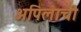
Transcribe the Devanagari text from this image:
अपिलाची